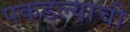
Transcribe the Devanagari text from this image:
पकडल्याची